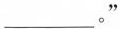
___。”